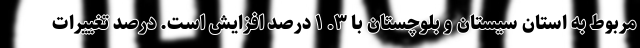
مربوط به استان سیستان و بلوچستان با ٣. ١ درصد افزایش است. درصد تغییرات